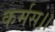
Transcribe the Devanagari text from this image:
कर्मस।।